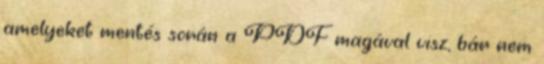
amelyeket mentés során a PDF magával visz, bár nem